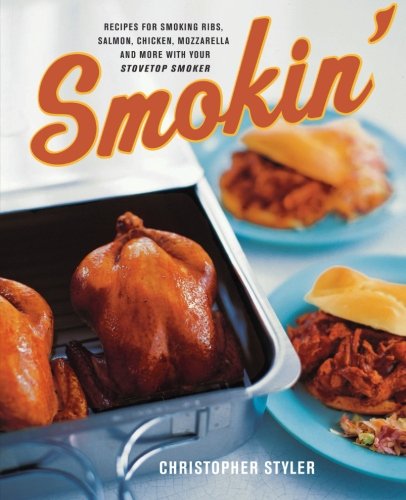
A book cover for Smokin': Recipes for Smoking Ribs, Salmon, Chicken, Mozzarella, and More with Your Stovetop Smoker; Christopher Styler; Cookbooks, Food & Wine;